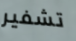
تشفير